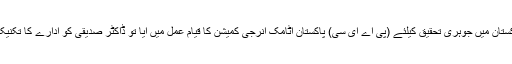
1956ء میں جب پاکستان میں جوہری تحقیق کیلئے (پی اے ای سی) پاکستان اٹامک انرجی کمیشن کا قیام عمل میں آیا تو ڈاکٹر صدیقی کو ادارے کا تکنیکی رکن مقرر کیا گیا۔